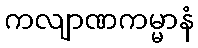
ကလျာဏကမ္မာနံ